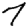
Digit: 7